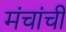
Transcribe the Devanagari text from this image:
मंचांची